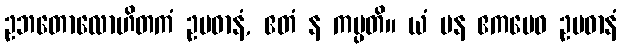
ဥဘတောလောဟိတကံ ဥပဓာနံ, ဧတံ န ကပ္ပတိ။ ယံ ပန ဧကမေဝ ဥပဓာနံ